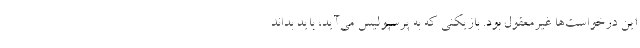
این درخواست‌ها غیرمعقول بود. بازیکنی که به پرسپولیس می‌آید، باید بداند